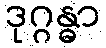
ဒုဂ္ဂန္ဓာ